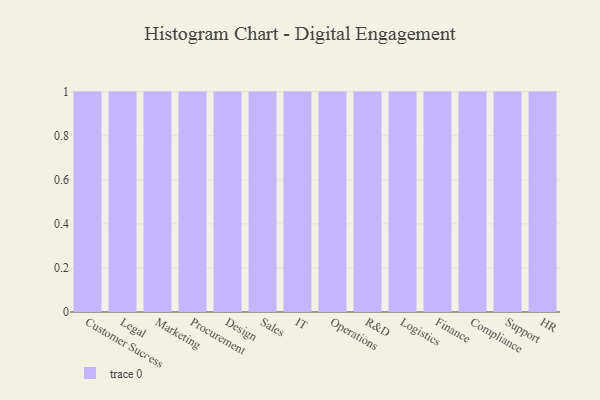
{"axis": {"x": "Department", "y": "Inventory Turnover"}, "legend": [""], "data": [{"x": "Customer Success", "y": 44, "type": ""}, {"x": "Legal", "y": 66, "type": ""}, {"x": "Marketing", "y": 35, "type": ""}, {"x": "Procurement", "y": 58, "type": ""}, {"x": "Design", "y": 1, "type": ""}, {"x": "Sales", "y": 88, "type": ""}, {"x": "IT", "y": 2, "type": ""}, {"x": "Operations", "y": 52, "type": ""}, {"x": "R&D", "y": 97, "type": ""}, {"x": "Logistics", "y": 82, "type": ""}, {"x": "Finance", "y": 46, "type": ""}, {"x": "Compliance", "y": 36, "type": ""}, {"x": "Support", "y": 72, "type": ""}, {"x": "HR", "y": 28, "type": ""}]}